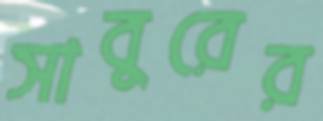
সাবুরের